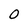
Character: 0